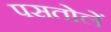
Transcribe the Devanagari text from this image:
पसतोलें